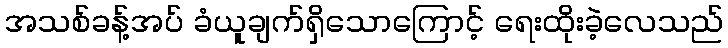
အသစ်ခန့်အပ် ခံယူချက်ရှိသောကြောင့် ရေးထိုးခဲ့လေသည်